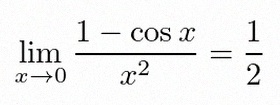
\lim_{x\to0}\frac{1-\cos x}{x^2}=\frac12